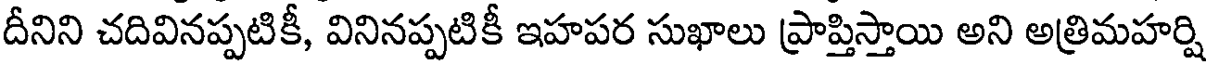
దీనిని చదివినప్పటికీ, వినినప్పటికీ ఇహపర సుఖాలు ప్రాప్తిస్తాయి అని అత్రిమహర్షి